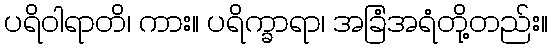
ပရိဝါရာတိ၊ ကား။ ပရိက္ခာရာ၊ အခြံအရံတို့တည်း။